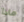
ماذا